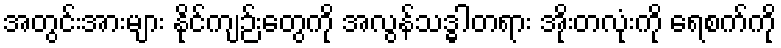
အတွင်းအားများ နိုင်ကျဉ်းတွေကို အလွန်သဒ္ဓါတရား အိုးတလုံးကို ရေစက်ကို